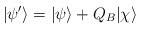
LaTeX: \begin{align*}| \psi'\rangle = |\psi\rangle + Q_B |\chi\rangle\end{align*}